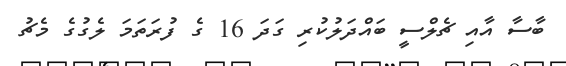
ބާސާ އާއި ޗެލްސީ ބައްދަލުކުރި ގަދަ 16 ގެ ފުރަތަމަ ލެގުގެ މެޗު